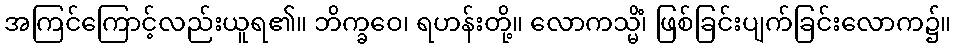
အကြင်ကြောင့်လည်းယူရ၏။ ဘိက္ခဝေ၊ ရဟန်းတို့။ လောကသ္မိံ၊ ဖြစ်ခြင်းပျက်ခြင်းလောက၌။